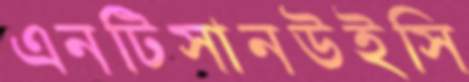
এনটিসানউইসি